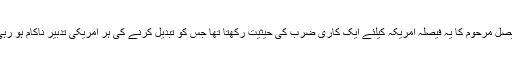
شا ه فیصل مرحوم کا یہ فیصلہ امریکہ کیلئے ایک کاری ضرب کی حیثیت رکھتا تھا جس کو تبدیل کرنے کی ہر امریکی تدبیر ناکام ہو رہی تھی۔